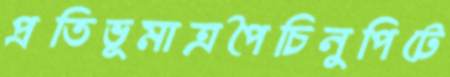
প্রতিভূমাত্রপৈচিনুপিটে